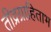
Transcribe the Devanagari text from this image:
तीव्रग्राहिताभ